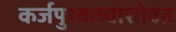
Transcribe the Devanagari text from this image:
कर्जपुरवठ्यासोबत